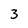
Character: 3